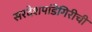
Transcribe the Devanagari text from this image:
सरदेशपांडेगिरीची